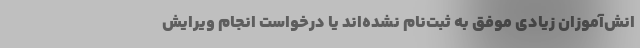
انش­‌آموزان زیادی موفق به ثبت‌نام نشده‌اند یا درخواست انجام ویرایش